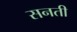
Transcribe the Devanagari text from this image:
सनती